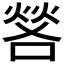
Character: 𫫎